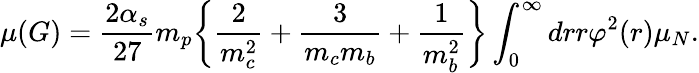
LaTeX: \mu(G)=\frac{2\alpha_{s}}{27}m_{p}\bigg\{ \frac{2}{m_{c}^{2}}+\frac{3}{m_{c}m_{b}}+\frac{1}{m_{b}^{2}}\bigg\} \int_{0}^{\infty}drr\varphi^{2}(r)\mu_{N}.